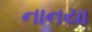
નાનયા